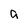
Character: a